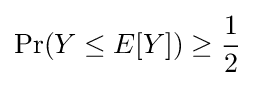
\Pr(Y\leq E[Y])\geq {\frac {1}{2}}